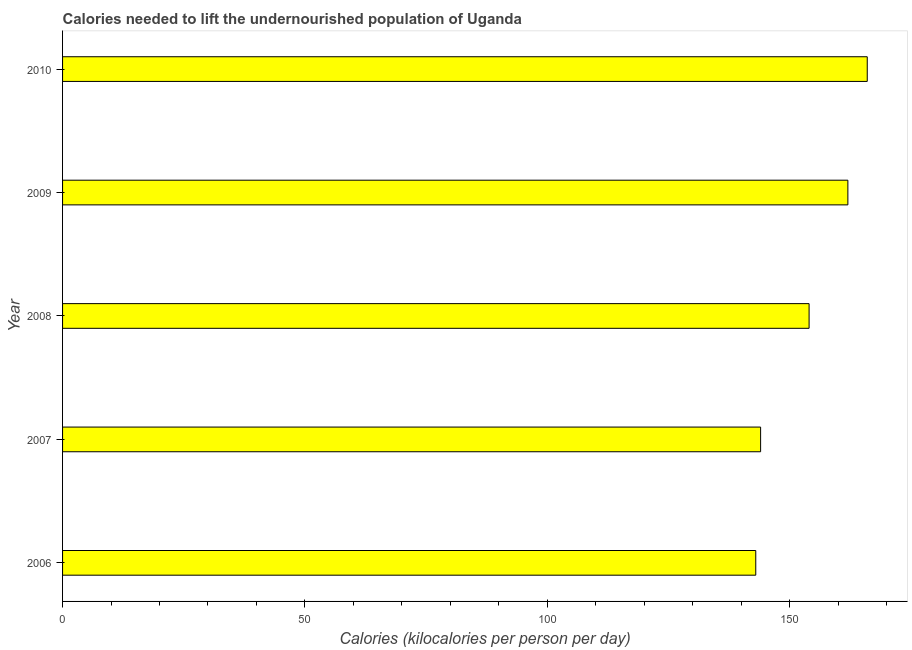
| Year | Depth of the food deficit |
 | --- | --- |
 | 2006 | 143 |
 | 2007 | 144 |
 | 2008 | 154 |
 | 2009 | 162 |
 | 2010 | 166 |